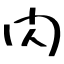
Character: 閃